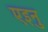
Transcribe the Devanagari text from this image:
एइनु